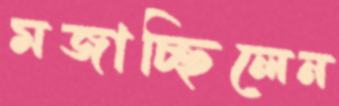
মজাচ্ছিলেন